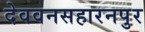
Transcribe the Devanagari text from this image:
देववनसहारनपुर